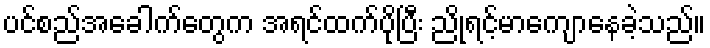
ပင်စည်အခေါက်တွေက အရင်ထက်ပိုပြီး ညိုရင့်မာကျောနေခဲ့သည်။